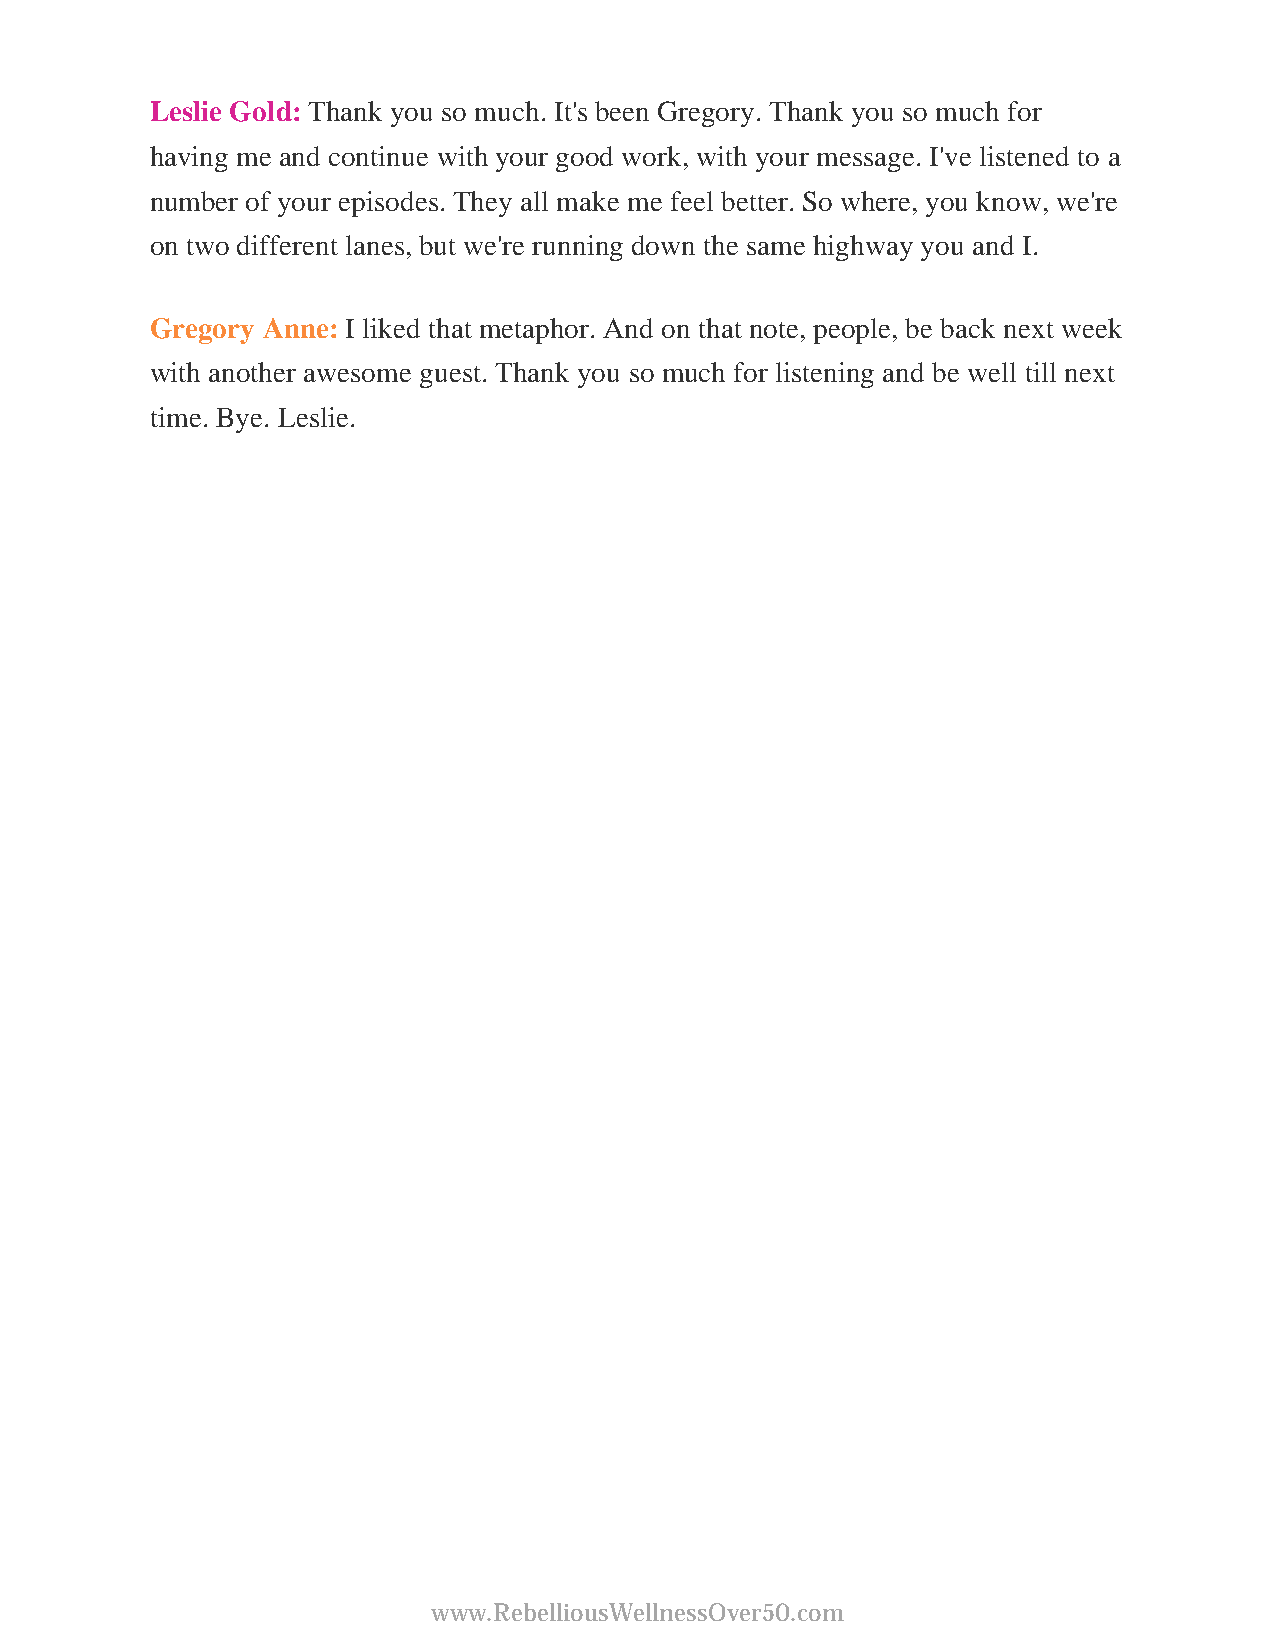
Leslie Gold: Thank you so much. It's been Gregory. Thank you so much for
 having me and continue with your good work, with your message. I've listened to a
 number of your episodes. They all make me feel better. So where, you know, we're
 on two different lanes, but we're running down the same highway you and I.
 Gregory Anne: I liked that metaphor. And on that note, people, be back next week
 with another awesome guest. Thank you so much for listening and be well till next
 time. Bye. Leslie.
 www.RebelliousWellnessOver50.com